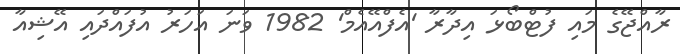
ރާއްޖޭގެ މައި ފުޓްބޯޅަ އިދާރާ 'އެފްއޭއެމް' 1982 ވަނަ އަހަރު އުފައްދައި އޭޝިއާ